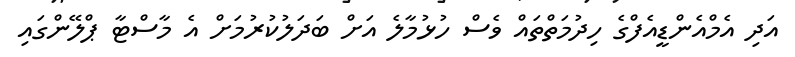
އަދި އެމްއެންޑީއެފްގެ ހިދުމަތްތައް ވެސް ހުޅުމާލެ އަށް ބަދަލުކުރުމަށް އެ މާސްޓާ ޕްލޭންގައި